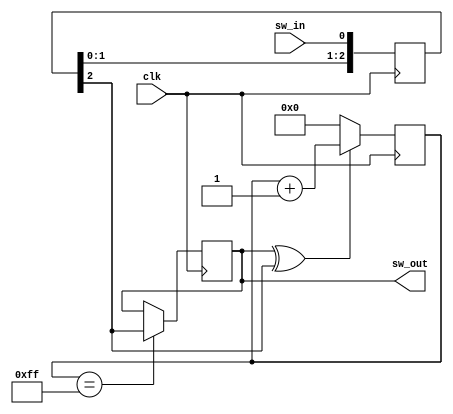
module sync_and_debounce_one
# (
    parameter depth = 8
)
(   
    input      clk,
    input      sw_in,
    output reg sw_out
);

    reg  [depth - 1:0] cnt;
    reg  [        2:0] sync;
    wire               sw_in_s;

    assign sw_in_s = sync [2];

    always @ (posedge clk)
        sync <= { sync [1:0], sw_in };

    always @ (posedge clk)
        if (sw_out ^ sw_in_s)
            cnt <= cnt + 1'b1;
        else
            cnt <= { depth { 1'b0 } };

    always @ (posedge clk)
        if (cnt == { depth { 1'b1 } })
            sw_out <= sw_in_s;

endmodule